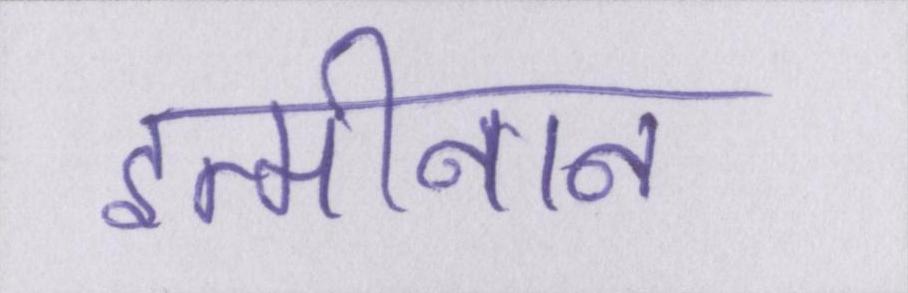
इत्मीनान